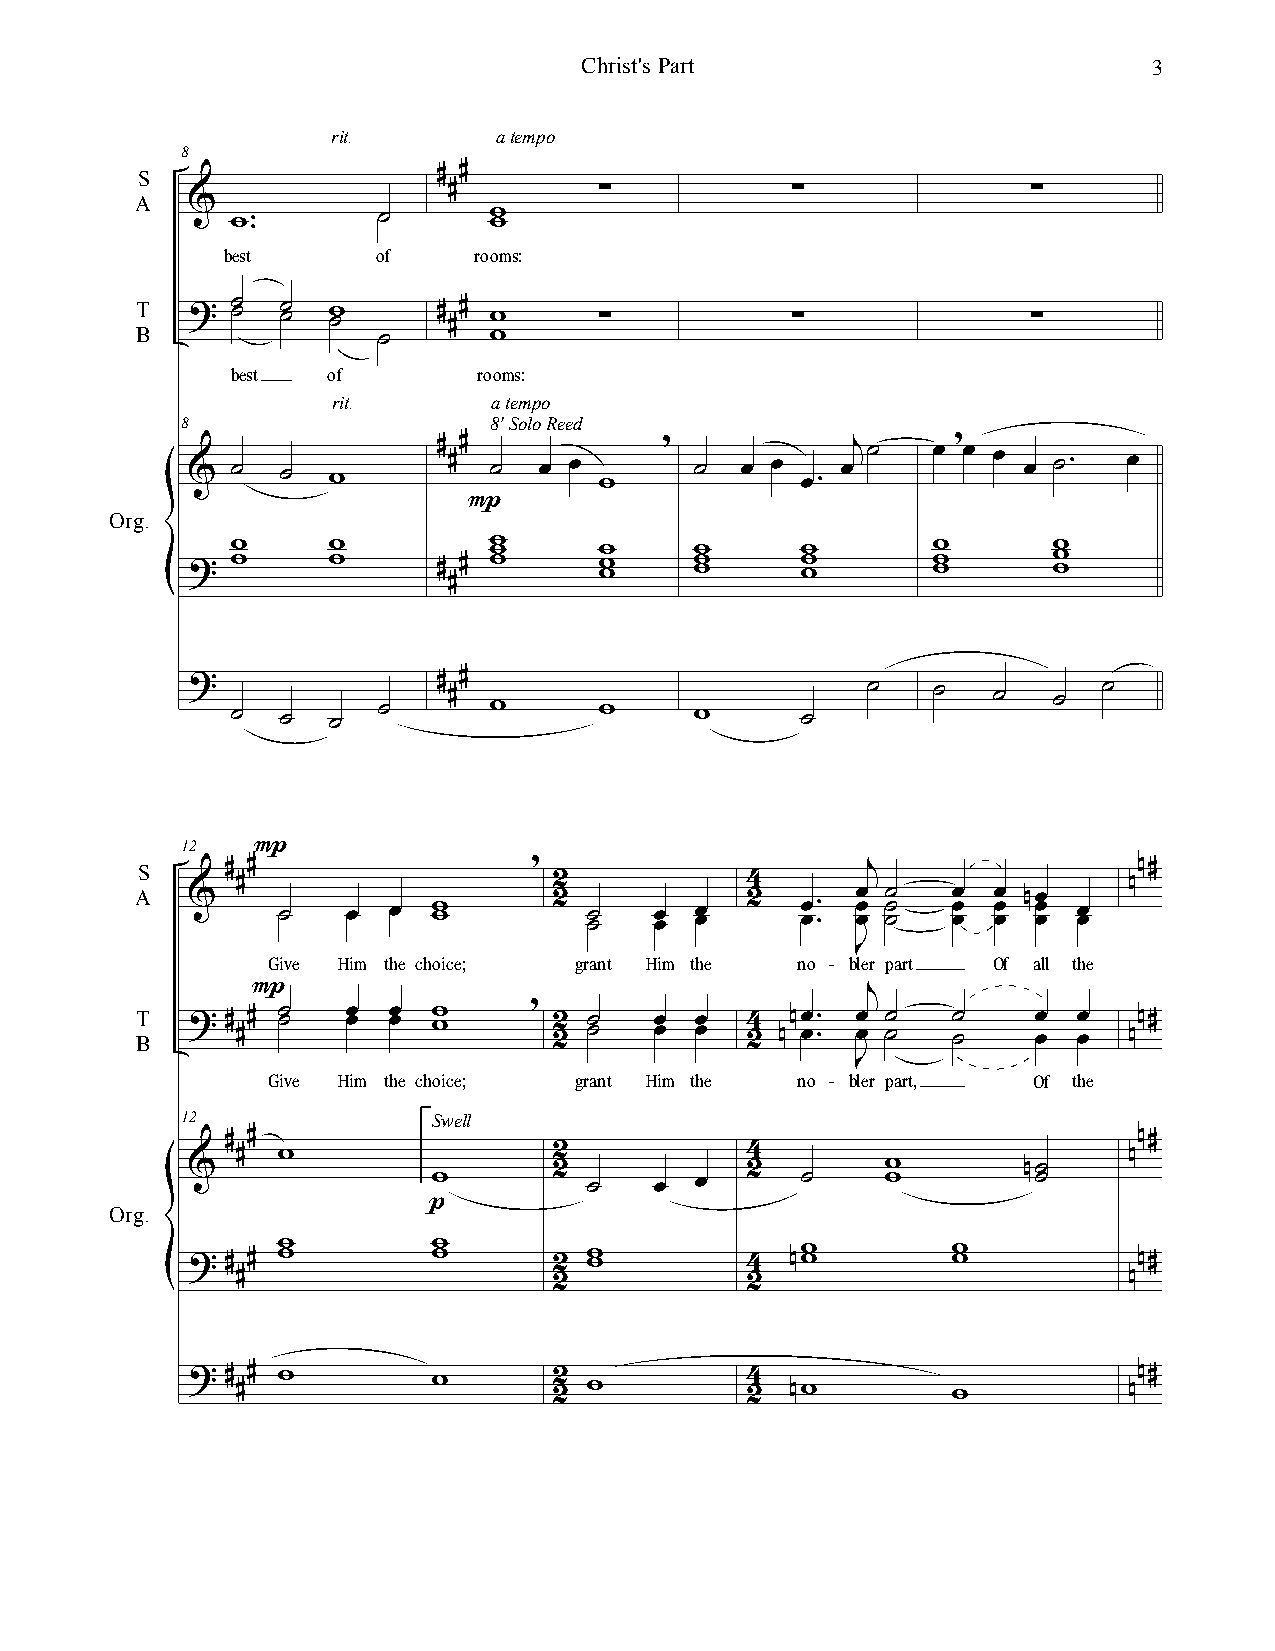
Christ's Part                         3
 rit.       atempo
 8
 S                   ∀ ∀
 A                    ∀         ∑           ∑               ∑
 %
 ϖϖ− −     ˙˙     ϖ ϖ
 best      of    rooms:
 T B > ˙ ˙ ˙ ˙ ϖ ˙   ∀ ∀∀ ϖ     ∑           ∑               ∑
 ˙      ϖ
 best   of        rooms:
 rit.       atempo
 8                   8'SoloReed
 %  ˙   ˙  ϖ      ∀ ∀∀ ˙ œ œ ϖ   + ˙  œ œ œ− œι˙   œ + œ œ œ ˙− œ
 Org.                    Ο
 >  ϖ ϖ    ϖ ϖ    ∀ ∀ ϖ ϖ ϖ  ϖ ϖ ϖ ϖ ϖ ϖ  ϖ ϖ ϖ    ϖ ϖ ϖ   ϖ ϖ ϖ
 ∀
 >  ˙   ˙  ˙  ˙   ∀ ∀∀ ϖ     ϖ     ϖ      ˙   ˙    ˙   ˙   ˙  ˙
 12
 Ο
 S     ∀ ∀                 +                     ι                 µ∀
 ∀                    1           3                         µ
 A  %     ˙˙   œœ œœ ϖ ϖ     1 ˙ ˙ œ œ œ œ 1 œ œ− − œ œ œ ˙ ˙ ˙ œ œ œ œ œ œ µœ œ œ œ œ
 Ι
 Give Him the choice; grant Him the no - bler part Of all the
 Ο                                       ι
 +
 T B > ∀ ∀∀ ˙ ˙ œ œ œ œ ϖ ϖ  11 ˙ ˙ œ œ œ œ 3 1 µµœ œ− − œ œ ˙ ˙ ˙ ˙ œ œ œ œ µµ∀
 Ι
 Give Him the choice; grant Him the no - bler part, Of the
 12               Swell
 ∀ ∀                                                         µ∀
 ∀ ϖ                  1           3                         µ
 %                        1           1         ϖ        µ˙
 ϖ         ˙   œ  œ      ˙     ϖ         ˙
 Org.                 ο
 >  ∀ ∀ ϖ ϖ       ϖ ϖ     1 ϖϖ        3  µϖ ϖ       ϖ ϖ         µ∀
 ∀                    1           1                         µ
 >  ∀ ∀∀ ϖ        ϖ       11 ϖ        3 1 µϖ        ϖ           µµ∀